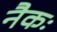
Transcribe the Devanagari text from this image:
नैकः